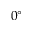
0 ^ { \circ }